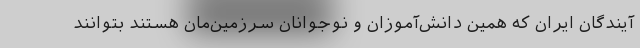
آیندگان ایران که همین دانش‌آموزان و نوجوانان سرزمین‌مان هستند بتوانند